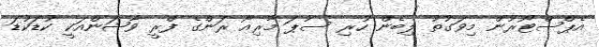
އެޕްސްޓޯރުން މިވަގުތު ލިބެން ހުރި ސުޕަ މާރިއޯ ރަންގެ ފްރީ ވާޝަންއަކީ ކުޑަކުޑަ